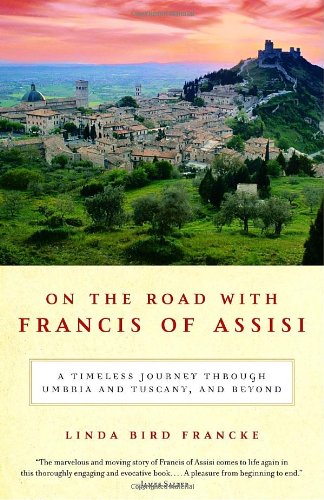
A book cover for On the Road with Francis of Assisi: A Timeless Journey Through Umbria and Tuscany, and Beyond; Linda Bird Francke; Travel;